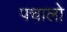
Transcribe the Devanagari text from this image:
पचालो